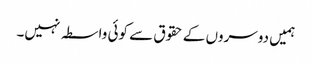
ہمیں دوسروں کے حقوق سے کوئی واسطہ نہیں۔